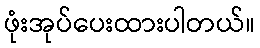
ဖုံးအုပ်ပေးထားပါတယ်။